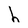
Character: h